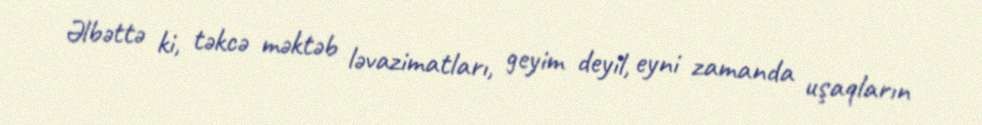
Əlbəttə ki, təkcə məktəb ləvazimatları, geyim deyil, eyni zamanda uşaqların